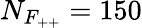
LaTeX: N_{F_{++}}=150